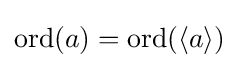
\operatorname {ord} (a)=\operatorname {ord} (\langle a\rangle )